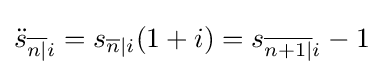
{\ddot {s}}_{{\overline {n|}}i}=s_{{\overline {n}}|i}(1+i)=s_{{\overline {n+1|}}i}-1